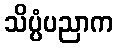
သိပ္ပံပညာက